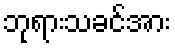
ဘုရားသခင်အား